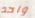
واحد